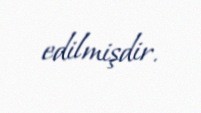
edilmişdir.